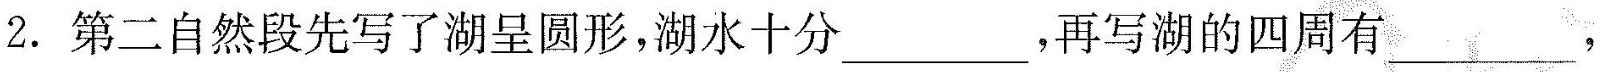
2. 第二自然段先写了湖呈圆形，湖水十分___，再写湖的四周有___，